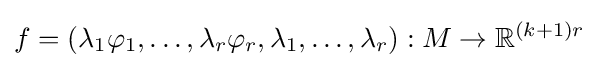
f=(\lambda _{1}\varphi _{1},\dots ,\lambda _{r}\varphi _{r},\lambda _{1},\dots ,\lambda _{r}):M\to \mathbb {R} ^{(k+1)r}